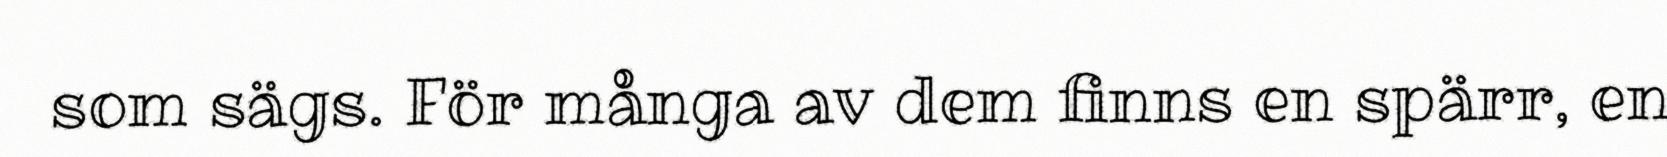
som sägs. För många av dem finns en spärr, en